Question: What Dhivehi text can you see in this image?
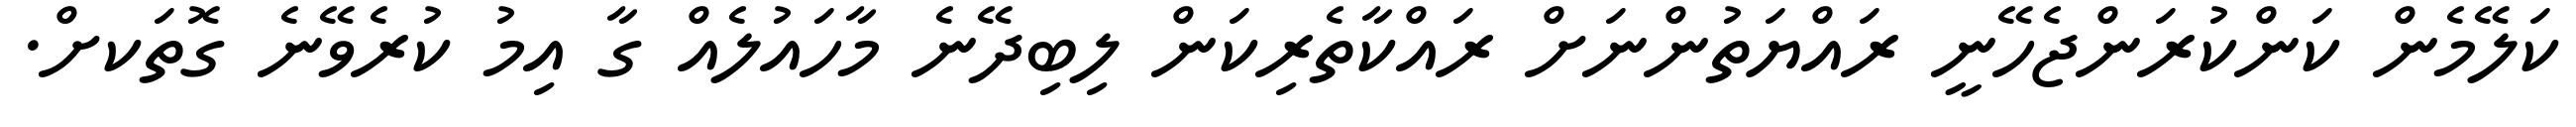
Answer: ކަލޭމެން ކަންކުރަންޖެހޭނީ ރައްޔަތުންނަށް ރައްކާތެރިކަން ލިބިދޭނެ މާހައުލެއް ގާ އިމު ކުރެވޭނެ ގޮތަކށް.